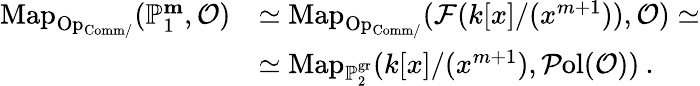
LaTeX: \begin{array}{rl}{\mathrm{Map}_{\mathrm{Op}_{\mathrm{Comm}/}}(\mathbb{P}_{1}^{\le m},\mathcal{O})}&{\simeq\mathrm{Map}_{\mathrm{Op}_{\mathrm{Comm}/}}(\mathcal{F}(k[x]/(x^{m+1})),\mathcal{O})\simeq}\\ &{\simeq\mathrm{Map}_{\mathbb{P}_{2}^{\mathrm{gr}}}(k[x]/(x^{m+1}),\mathcal{P}\mathrm{ol}(\mathcal{O}))\: .}\end{array}